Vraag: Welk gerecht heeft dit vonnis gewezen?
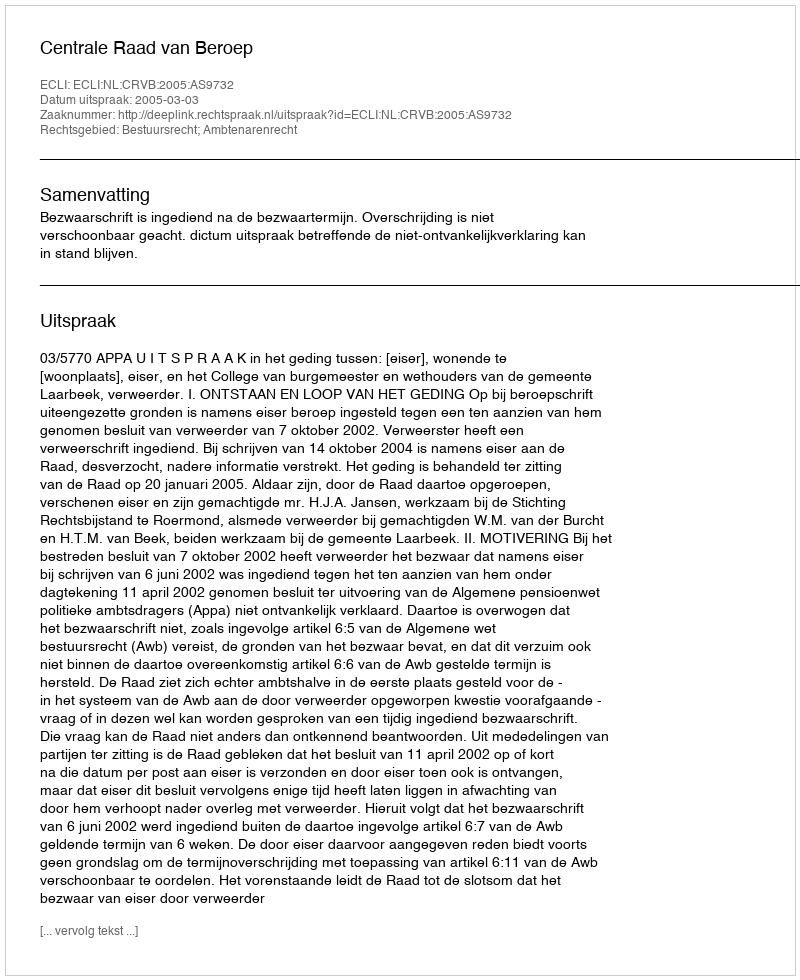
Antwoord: Centrale Raad van Beroep